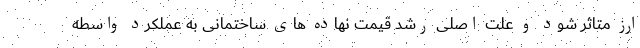
ارز متاثر شود و علت اصلی رشد قیمت نهاده های ساختمانی به عملکرد واسطه